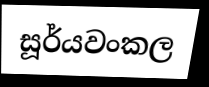
සූර්යවංකල